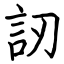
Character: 訒